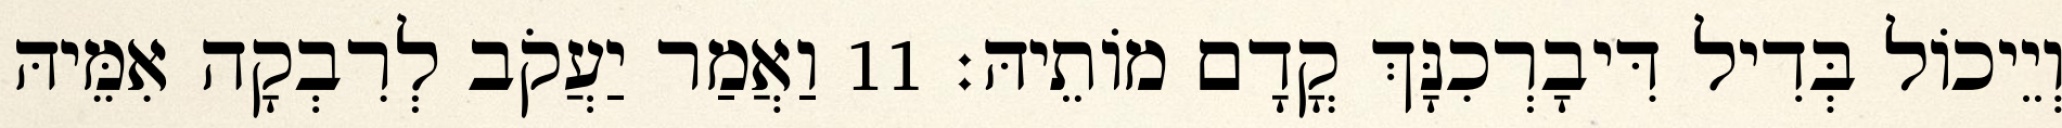
וְיֵיכוֹל בְּדִיל דִּיבָרְכִנָּךְ קֳדָם מוֹתֵיהּ׃ 11 וַאֲמַר יַעֲקֹב לְרִבְקָה אִמֵּיהּ